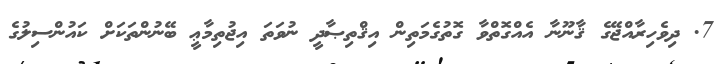
7. ދިވެހިރާއްޖޭގެ ޤާނޫނާ އެއްގޮތްވާ ގޮތުގެމަތިން އިޤްތިޞާދީ ނުވަތަ އިޖުތިމާޢީ ބޭނުންތަކަށް ކައުންސިލުގެ